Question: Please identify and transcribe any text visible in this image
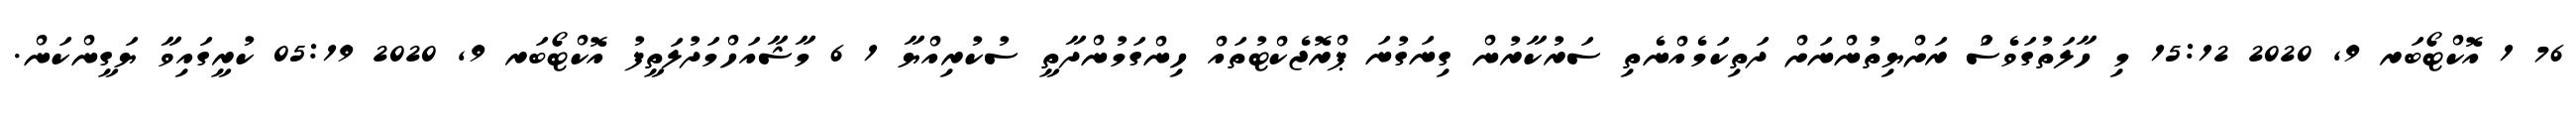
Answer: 76 1 އޮކްޓޯބަރ 9, 2020 15:12 މި ހާލަތުގަވެސަް ރަށްޔިތުންނަށް ދަތިކަމެއްނެތި ސަރުކާރުން ގިނަގުނަ ޕްރޮޖެކްޓުތައް ހިންގަމުންދާތީ ސުކުރިއްޔާ 1 6 މާޝާއަހްމަދުލަތީފު އޮކްޓޯބަރ 9, 2020 05:19 ކުރީގައިވާ ޔަގީންކަން.